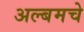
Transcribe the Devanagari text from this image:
अल्बमचे